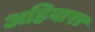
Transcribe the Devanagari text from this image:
अहिवारा